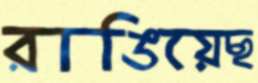
রাঙিয়েছ